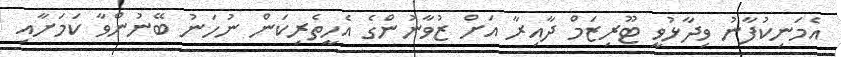
އެމަނިކުފާނު ވިދާޅުވީ ޓޫރިޒަމް ދާއިރާ އަށް ޒުވާނުންގެ އެހީތެރިކަން ނުހަނު ބޭނުންވާ ކަމަށާއި